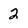
Character: 2